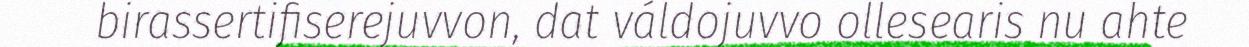
birassertifiserejuvvon, dat váldojuvvo ollesearis nu ahte